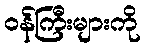
ဝန်ကြီးများကို